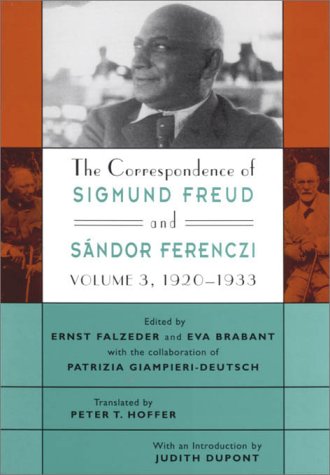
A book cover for The Correspondence of Sigmund Freud and SÃ¡ndor Ferenczi, Volume 3: 1920-1933 (Freud, Sigmund//Correspondence of Sigmund Freud and Sandor Ferenczi); Sigmund Freud; Biographies & Memoirs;